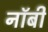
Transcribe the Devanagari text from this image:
नॉबी